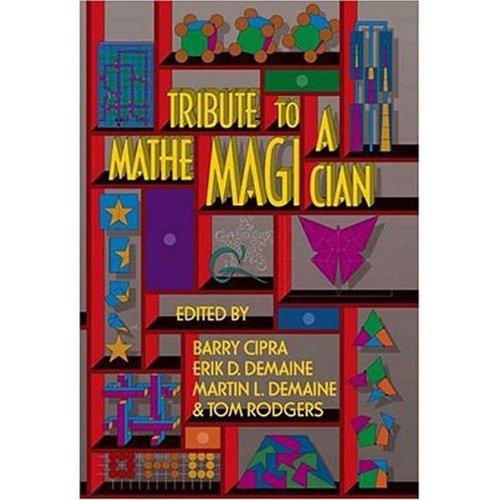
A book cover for Tribute to a Mathemagician; Science & Math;